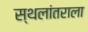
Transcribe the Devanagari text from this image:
स्थलांतराला